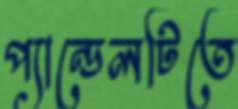
প্যান্ডেলটিতে